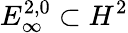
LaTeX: E_{\infty}^{2,0}\subset H^{2}